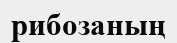
рибозаның